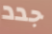
جدد